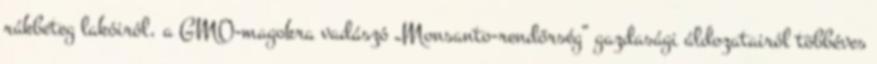
rákbeteg lakóiról, a GMO-magokra vadászó „Monsanto-rendőrség” gazdasági áldozatairól többéves